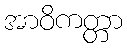
အာဝိကတ္တာ